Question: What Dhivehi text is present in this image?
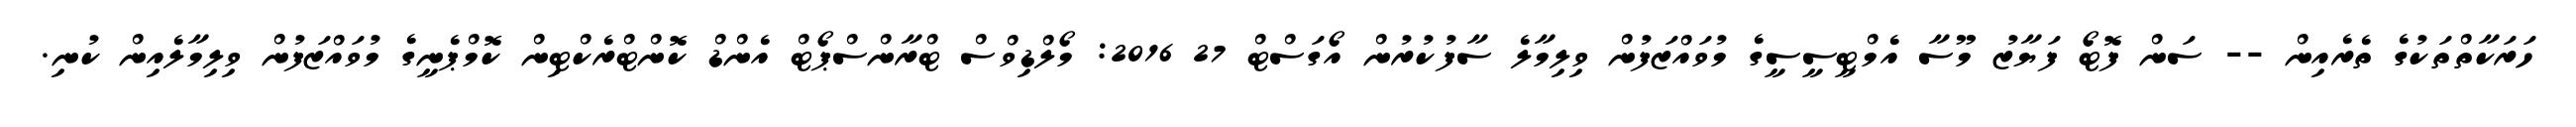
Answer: ހަރަކާތްތަކުގެ ތެރެއިން -- ސަން ފޮޓޯ ފަޔާޒު މޫސާ އެމްޓީސީސީގެ މުވައްޒަފުން ވިލިމާލެ ސާފުކުރުން އޯގަސްޓް 27 2016: މޯލްޑިވްސް ޓްރާންސްޕޯޓް އެންޑް ކޮންޓްރެކްޓިން ކޮމްޕެނީގެ މުވައްޒަފުން ވިލިމާލެއިން ކުނި.